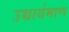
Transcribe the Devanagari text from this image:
उच्चार्यमाण